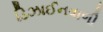
ડિઝાઈનવાળી